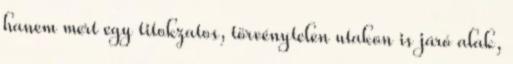
hanem mert egy titokzatos, törvénytelen utakon is járó alak,